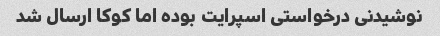
نوشیدنی درخواستی اسپرایت بوده اما کوکا ارسال شد